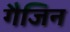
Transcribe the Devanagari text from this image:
गैजिन